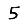
Digit: 5